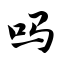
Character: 吗